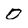
Character: 0